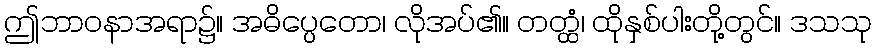
ဤဘာဝနာအရာ၌။ အဓိပ္ပေတော၊ လိုအပ်၏။ တတ္ထံ၊ ထိုနှစ်ပါးတို့တွင်။ ဒသသု